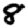
Digit: 8